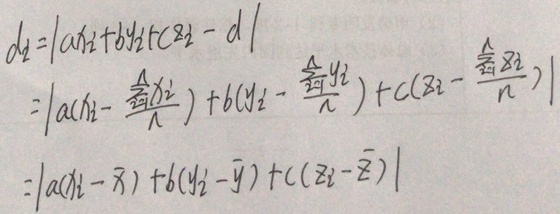
\(\begin{align*}
d_{2}&=\left|ax_{2}+by_{2}+cz_{2}-d\right|\\
&=\left|a\left(x_{2}-\frac{\hat{n}x_{2}}{n}\right)+b\left(y_{2}-\frac{\hat{n}y_{2}}{n}\right)+c\left(z_{2}-\frac{\hat{n}z_{2}}{n}\right)\right|\\
&=\left|a\left(x_{2}-\overline{x}\right)+b\left(y_{2}-\overline{y}\right)+c\left(z_{2}-\overline{z}\right)\right|
\end{align*}\)